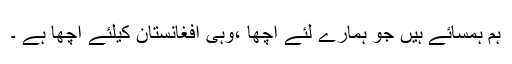
ہم ہمسائے ہیں جو ہمارے لئے اچھا ،وہی افغانستان کیلئے اچھا ہے ۔